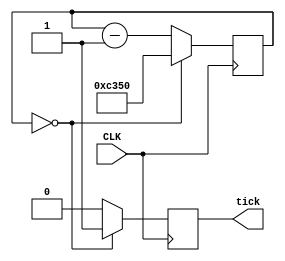
module divide50k(CLK, tick);
	input CLK;
	output tick;
	parameter N = 50000;
	
	
	initial tick = 0;
	
	reg [15:0] count;
	reg tick;
	always @ (posedge CLK)
		if(count==1'b0)
		begin
			tick<=1'b1;
			count<=N;
		end
		else
		begin
			count<=count-1'b1;
			tick<=1'b0;
		end
		
endmodule